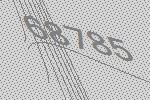
68785